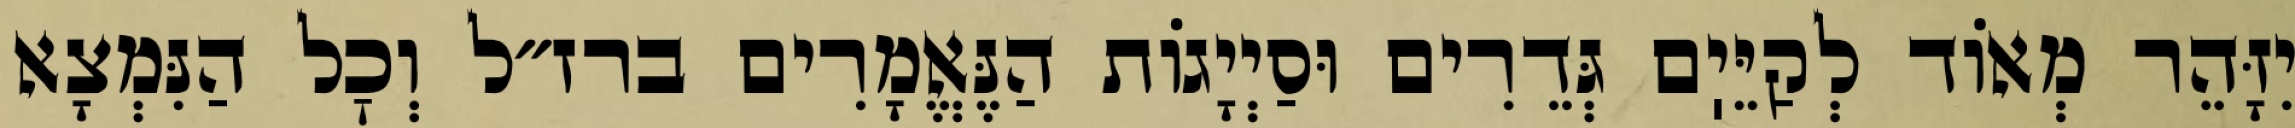
יִזָּהֵר מְאוֹד לְקַיֵּיֽם גְּדֵרִים וּסַיְיָגוֹת הַנֶּאֱמָרִים ברז״ל וְכׇל הַנִּמְצָא